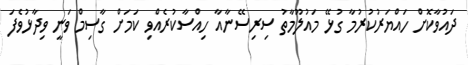
ދައުވާކޮށް ހައްޔަރުކުރުމާ ގުޅޭ މައުލޫމާތު ސިރިސޭނާއާ ހިއްސާކުރެއްވި ކަމަށް ގާސިމް ވަނީ ވިދާޅުވެފަ